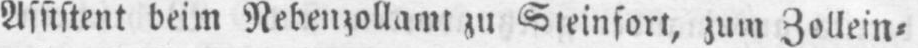
Assistent beim Nebenzollamt zu Steinfort, zum Zollein⸗